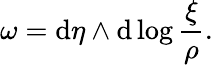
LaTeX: \omega=\mathrm{d}\eta\wedge\mathrm{d}\log\frac{{\xi}}{{\rho}}.